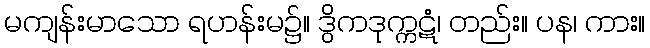
မကျန်းမာသော ရဟန်းမ၌။ ဒွိကဒုက္ကဋံ၊ တည်း။ ပန၊ ကား။